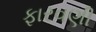
ફારવણી